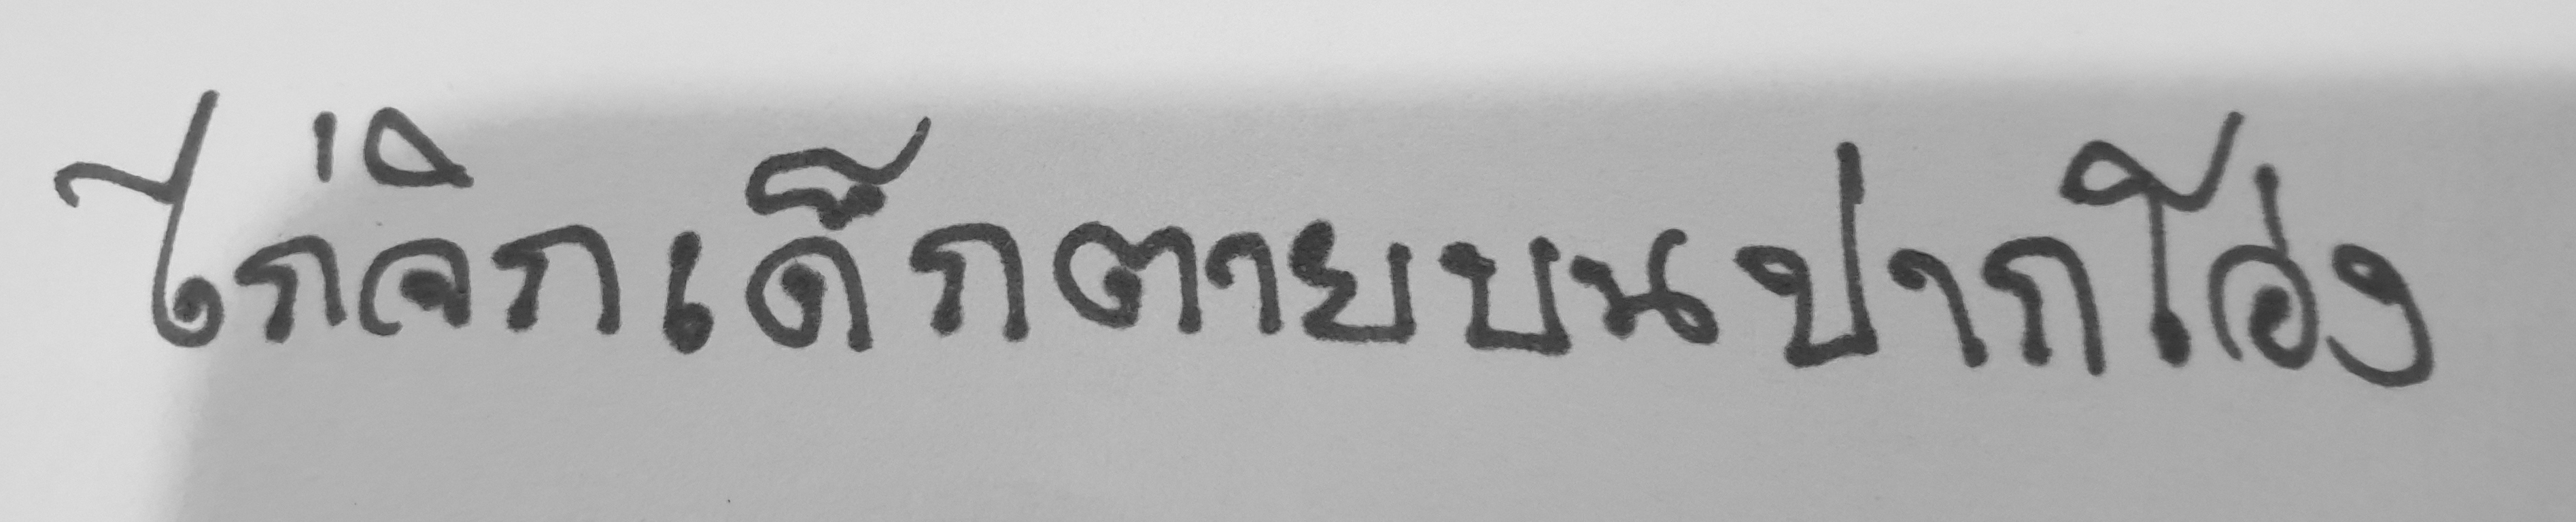
ไก่จิกเด็กตายบนปากโอ่ง